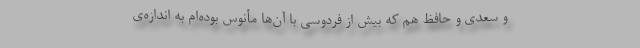
و سعدی و حافظ هم که بیش از فردوسی با آن‌ها مأنوس بوده‌ام به اندازه‌ی